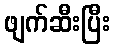
ဖျက်ဆီးပြီး